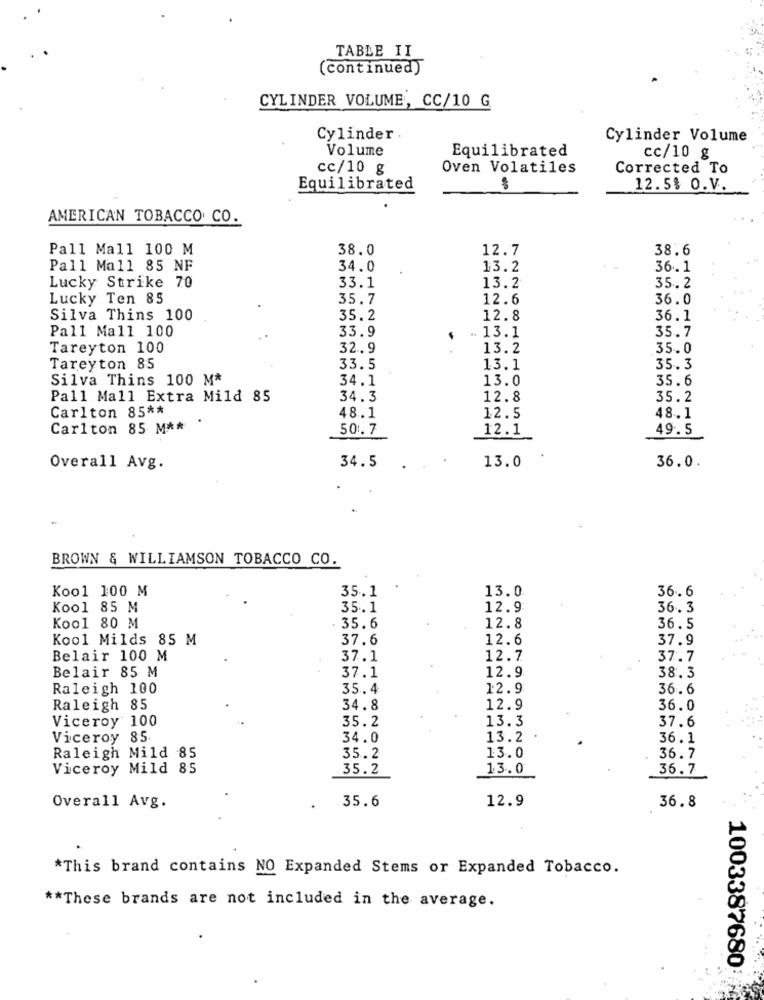
TABLE II
(continued)
CYLINDER VOLUME, CC/10 G
Cylinder
Cylinder Volume
Volume
Equilibrated
cc/10 g
cc/10 g
Oven Volatiles
Corrected To
Equilibrated
12.5% O.V.
AMERICAN TOBACCO CO.
Pall Mall 100 M
38.0
12.7
38.6
Pall Mall 85 NF
34.0
13.2
36.1
Lucky Strike 70
35. 2
33.1
13.2
Lucky Ten 85
35.7
12.6
36.0
Silva Thins 100
35.2
12.8
36.1
Pall Mall 100
35.7
33.9
.. 13.1
Tareyton 100
32.9
13.2
35.0
Tareyton 85
33.5
13.1
35. 3
Silva Thins 100 M*
34.1
13.0
35.6
Pall Mall Extra Mild 85
34.3
12.8
35.2
Carlton 85 **
48.1
12.5
48.1
Carlton 85 M **
50.7
12.1
49.5
34.5
13.0
Overall Avg.
36.0
BROWN & WILLIAMSON TOBACCO CO.
Kool 100 M
35.1
13.0
36. 6
Kool 85 M
35.1
12.9
36.3
Kool 80 M
35.6
12.8
36.5
Kool Milds 85 M
37.6
12.6
37.9
Belair 100 M
37.1
12.7
37.7
Belair 85 M
12.9
37.1
38.3
Raleigh 100
35.4
12.9
36.6
Raleigh 85
34.8
12.9
36.0
Viceroy 100
35.2
13.3
37.6
Viceroy 85
34.0
13.2
36.1
Raleigh Mild 85
35.2
13.0
36.7
Viceroy Mild 85
35.2
13.0
36.7
35.6
12.9
36.8
Overall Avg.
*This brand contains NO Expanded Stems or Expanded Tobacco.
** These brands are not included in the average.
1003387680